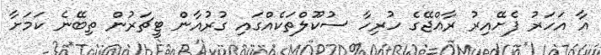
އާ އަހަރު ފެށޭއިރު ރާޢްޖޭގެ ހުރިހާ ސުކޫލްތަކެއްގައި ގުރުއާން ޓީޗަރުން ތިބޭނެ ކަމަށާ